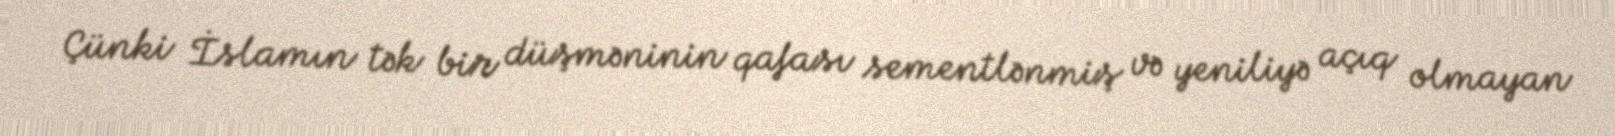
Çünki İslamın tək bir düşməninin qafası sementlənmiş və yeniliyə açıq olmayan